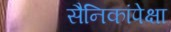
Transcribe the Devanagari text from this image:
सैनिकांपेक्षा